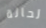
لحالة